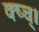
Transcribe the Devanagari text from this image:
क्ष्च्।